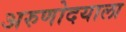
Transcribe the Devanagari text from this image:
अरुणोदयाला